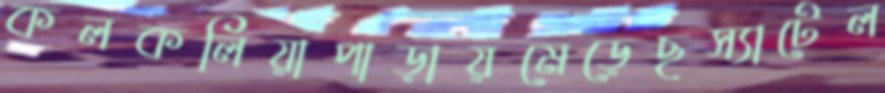
কলকলিয়াপাড়ায়মেড়েছস্যাটেল